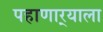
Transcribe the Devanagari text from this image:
पहाणार्‍याला